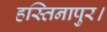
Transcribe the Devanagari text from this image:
हस्तिनापुर।